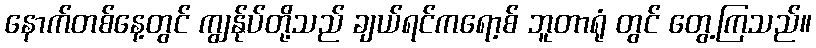
နောက်တစ်နေ့တွင် ကျွန်ုပ်တို့သည် ချယ်ရင်ကရော့စ် ဘူတာရုံ တွင် တွေ့ကြသည်။